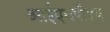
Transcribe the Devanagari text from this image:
आईएमपीएम